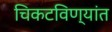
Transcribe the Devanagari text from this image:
चिकटविण्यांत